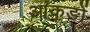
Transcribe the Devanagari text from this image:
आंकङों